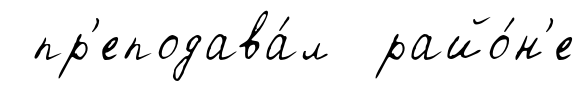
пр'еподава́л райо́н'е